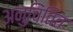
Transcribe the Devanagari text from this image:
अनुचिंतित